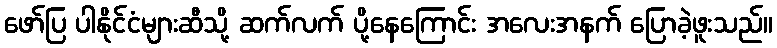
ဖော်ပြ ပါနိုင်ငံများဆီသို့ ဆက်လက် ပို့နေကြောင်း အလေးအနက် ပြောခဲ့ဖူးသည်။